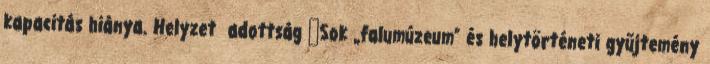
kapacitás hiánya. Helyzet adottság ▪Sok „falumúzeum” és helytörténeti gyűjtemény